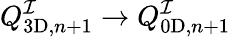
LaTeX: Q_{\mathrm{3D},n+1}^{\mathcal{I}}\to Q_{\mathrm{0D},n+1}^{\mathcal{I}}